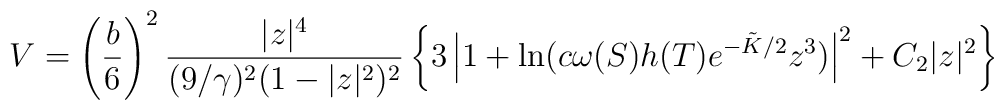
V = \left(\frac{b}{6}\right)^2 \frac{|z|^4}{(9/\gamma)^2 (1-|z|^2)^2} \left\{3\left| 1+\ln(c\omega(S)h(T) e^{-\tilde{K}/2} z^3)\right|^2 + C_2 |z|^2 \right\}